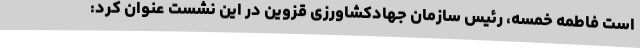
است فاطمه خمسه، رئیس سازمان جهادکشاورزی قزوین در این نشست عنوان کرد: